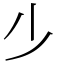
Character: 𣥂